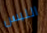
اللبس